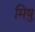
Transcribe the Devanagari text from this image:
मिषु